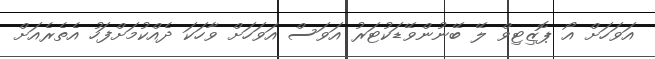
އަވަހަށް އޯ ޕޮޒިޓިވް ލޭ ބޭނުންވޭޑަކުޓަރު އަވަސް އަވަހަށް ވާހަކަ ދެއްކުމަށްފަހު އެތެރެއަށް